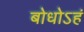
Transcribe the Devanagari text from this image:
बोधोऽहं